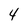
Character: 4